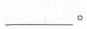
\underline。